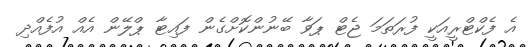
އެ ފެކްޓްރީއަކީ ފުރަތަމަ ޖެޓް ޕަވާ ބޭނުންކޮށްގެން ފައިޓާ ޕްލޭން އެއް އުފެއްދި